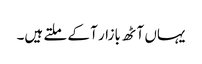
یہاں آٹھ بازار آ کے ملتے ہیں۔